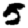
Digit: 5